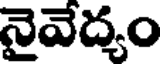
నైవేద్యం